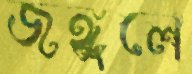
জঙ্গুলে